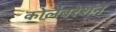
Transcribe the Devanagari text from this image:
कोलैबरेशन